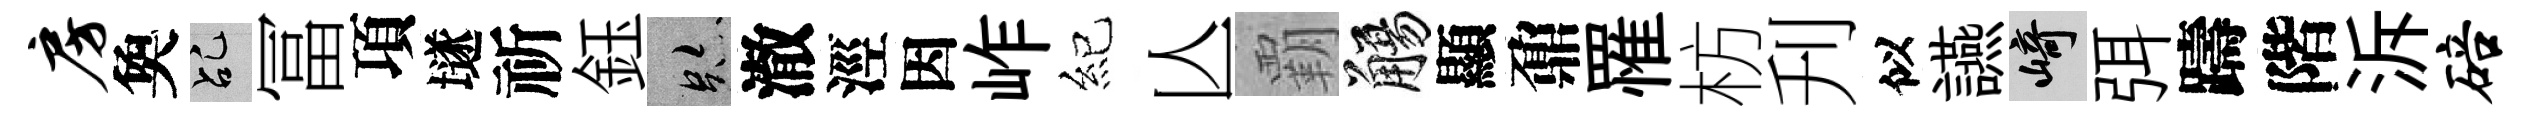
房奐乩冨項𡑞祈鈺跡澈涇因岞紀亾覇觴顯鼐罹枋刋似讌崎弭躊階泝碚